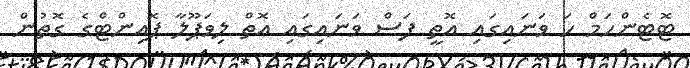
ޓޮޓެންހަމް ހަަ ވަނައިގައި އޮތީ ފަސް ވަނައިގައި އޮތް ލިވަޕޫލާ ޕޮއިންޓްގެ ގޮތުން